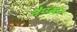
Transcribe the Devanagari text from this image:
नैप्प्स्टर